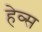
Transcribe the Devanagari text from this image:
हेव्स